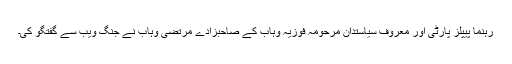
رہنما پیپلز پارٹی اور معروف سیاستدان مرحومہ فوزیہ وہاب کے صاحبزادے مرتضیٰ وہاب نے جنگ ویب سے گفتگو کی۔